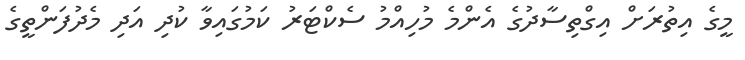
މީގެ އިތުރަށް އިގްތިސާދުގެ އެންމެ މުހިއްމު ސެކްޓަރު ކަމުގައިވާ ކުދި އަދި މެދުފަންތީގެ